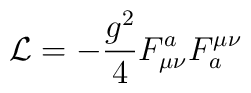
{\cal L} = -\frac{g^2}{4}F_{\mu\nu}^aF^{\mu\nu}_a